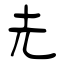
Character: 圥